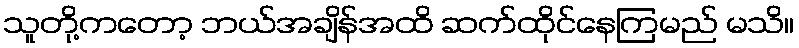
သူတို့ကတော့ ဘယ်အချိန်အထိ ဆက်ထိုင်နေကြမည် မသိ။